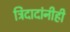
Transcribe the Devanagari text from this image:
त्रिंदादांनीही